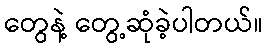
တွေနဲ့ တွေ့ဆုံခဲ့ပါတယ်။